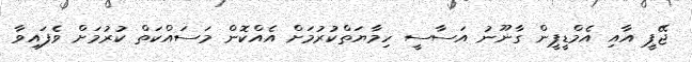
ޖޭޕީ އާއި އެމްޑީޕީން ގާނޫނު އަސާސީ ހިމާޔަތްކުރުމަށް އެއްކޮން މަސައްކަތް ކުރުމަށް ވެފައިވާ